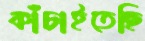
কাঁচাইতেছি